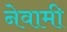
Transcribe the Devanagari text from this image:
नेवामी